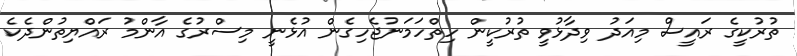
ތުރުކީގެ ރައީސް މިއަދު ވިދާޅުވީ ތުރުކީން ހިތްހަމަނުޖެހިގެން އުޅެނީ މިސްރުގެ އާންމު ރައްޔިތުންދެކެ